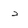
Character: 2